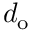
d _ { \mathrm { o } }